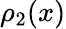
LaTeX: \rho_{2}(x)